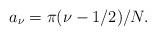
LaTeX: \begin{align*}a_\nu=\pi(\nu-1/2)/N.\end{align*}